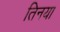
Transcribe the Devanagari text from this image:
तिनया